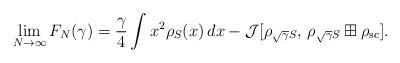
LaTeX: \begin{align*} \lim_{N \to \infty} F_N (\gamma) = \frac{\gamma}{4} \int x^2 \rho_{S}(x) \, dx - \mathcal{J}[\rho_{\sqrt{\gamma}S}, \,\rho_{\sqrt{\gamma}S} \boxplus \rho_{\rm sc}]. \end{align*}